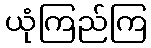
ယုံကြည်ကြ